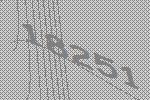
18251